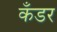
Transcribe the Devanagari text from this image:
कँडर